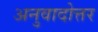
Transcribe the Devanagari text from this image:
अनुवादोत्तर